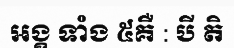
អង្គ ទាំង ៥គឺ : បី តិ